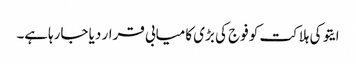
ایتو کی ہلاکت کو فوج کی بڑی کامیابی قرار دیا جارہاہے۔